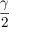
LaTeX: \frac { \gamma } { 2 }